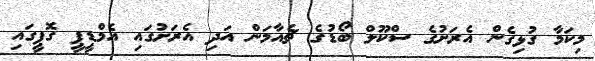
މިކަމާ ގުޅިގެން އެރަށުގެ ސްކޫލް ބޯޑުގެ ޗެއާމަން އަދި އެރަށުގައި އެމްޑީޕީ ގޮޕީގައި